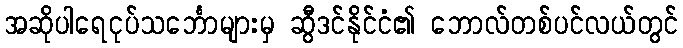
အဆိုပါရေငုပ်သင်္ဘောများမှ ဆွီဒင်နိုင်ငံ၏ ဘောလ်တစ်ပင်လယ်တွင်